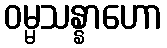
ဝမ္မသန္နာဟော